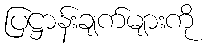
ပြဋ္ဌာန်းချက်များကို